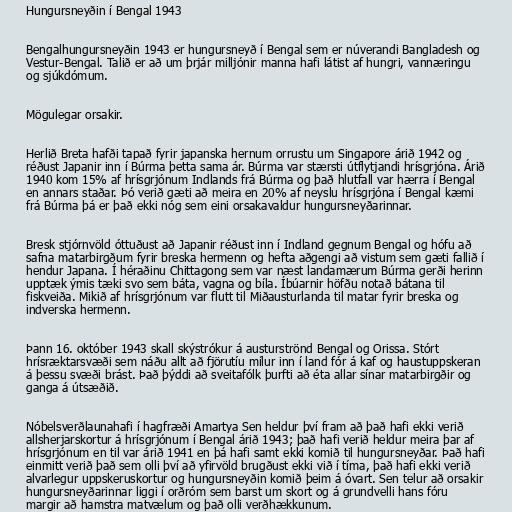
Hungursneyðin í Bengal 1943

Bengalhungursneyðin 1943 er hungursneyð í Bengal sem er núverandi Bangladesh og
Vestur-Bengal. Talið er að um þrjár milljónir manna hafi látist af hungri, vannæringu
og sjúkdómum.

Mögulegar orsakir.

Herlið Breta hafði tapað fyrir japanska hernum orrustu um Singapore árið 1942 og
réðust Japanir inn í Búrma þetta sama ár. Búrma var stærsti útflytjandi hrísgrjóna. Árið
1940 kom 15% af hrísgrjónum Indlands frá Búrma og það hlutfall var hærra í Bengal
en annars staðar. Þó verið gæti að meira en 20% af neyslu hrísgrjóna í Bengal kæmi
frá Búrma þá er það ekki nóg sem eini orsakavaldur hungursneyðarinnar.

Bresk stjórnvöld óttuðust að Japanir réðust inn í Indland gegnum Bengal og hófu að
safna matarbirgðum fyrir breska hermenn og hefta aðgengi að vistum sem gæti fallið í
hendur Japana. Í héraðinu Chittagong sem var næst landamærum Búrma gerði herinn
upptæk ýmis tæki svo sem báta, vagna og bíla. Íbúarnir höfðu notað bátana til
fiskveiða. Mikið af hrísgrjónum var flutt til Miðausturlanda til matar fyrir breska og
indverska hermenn.

Þann 16. október 1943 skall skýstrókur á austurströnd Bengal og Orissa. Stórt
hrísræktarsvæði sem náðu allt að fjörutíu mílur inn í land fór á kaf og haustuppskeran
á þessu svæði brást. Það þýddi að sveitafólk þurfti að éta allar sínar matarbirgðir og
ganga á útsæðið.

Nóbelsverðlaunahafi í hagfræði Amartya Sen heldur því fram að það hafi ekki verið
allsherjarskortur á hrísgrjónum í Bengal árið 1943; það hafi verið heldur meira þar af
hrísgrjónum en til var árið 1941 en þá hafi samt ekki komið til hungursneyðar. Það hafi
einmitt verið það sem olli því að yfirvöld brugðust ekki við í tíma, það hafi ekki verið
alvarlegur uppskeruskortur og hungursneyðin komið þeim á óvart. Sen telur að orsakir
hungursneyðarinnar liggi í orðróm sem barst um skort og á grundvelli hans fóru
margir að hamstra matvælum og það olli verðhækkunum.